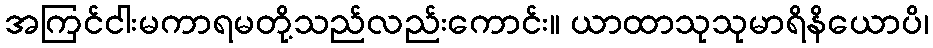
အကြင်ငါးမကာရမတို့သည်လည်းကောင်း။ ယာထာသုသုမာရိနိယောပိ၊